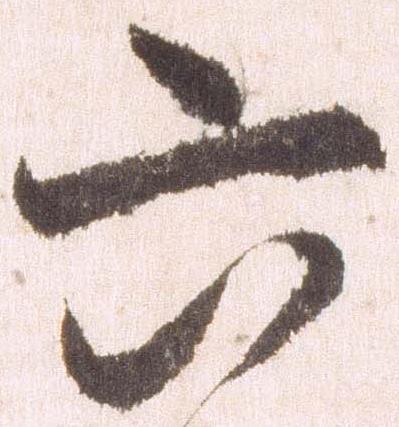
六